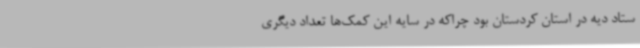
ستاد دیه در استان کردستان بود چراکه در سایه این کمک‌ها تعداد دیگری